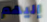
إليهم